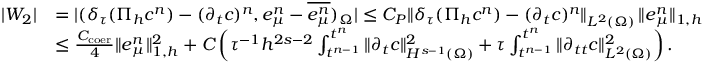
\begin{array} { r l } { | W _ { 2 } | } & { = | ( \delta _ { \tau } ( \Pi _ { h } c ^ { n } ) - ( \partial _ { t } c ) ^ { n } , e _ { \mu } ^ { n } - \overline { { e _ { \mu } ^ { n } } } ) _ { \Omega } | \leq C _ { P } \| \delta _ { \tau } ( \Pi _ { h } c ^ { n } ) - ( \partial _ { t } c ) ^ { n } \| _ { L ^ { 2 } ( \Omega ) } \, \| \boldsymbol { e } _ { \mu } ^ { n } \| _ { 1 , h } } \\ & { \leq \frac { C _ { \mathrm { c o e r } } } { 4 } \| \boldsymbol { e } _ { \mu } ^ { n } \| _ { 1 , h } ^ { 2 } + C \left( \tau ^ { - 1 } h ^ { 2 s - 2 } \int _ { t ^ { n - 1 } } ^ { t ^ { n } } \| \partial _ { t } c \| _ { H ^ { s - 1 } ( \Omega ) } ^ { 2 } + \tau \int _ { t ^ { n - 1 } } ^ { t ^ { n } } \| \partial _ { t t } c \| _ { L ^ { 2 } ( \Omega ) } ^ { 2 } \right) . } \end{array}